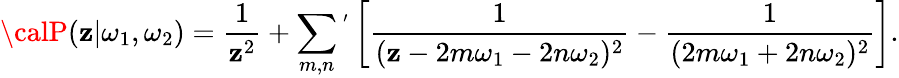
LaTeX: {\calP}(\mathbf{z}|\omega_{1},\omega_{2})=\frac{{1}}{{\mathbf{z}^{2}}}+\sum_{m,n}{}^{'}\left[\frac{{1}}{{(\mathbf{z}-2m\omega_{1}-2n\omega_{2})^{2}}}-\frac{{1}}{{(2m\omega_{1}+2n\omega_{2})^{2}}}\right].